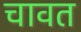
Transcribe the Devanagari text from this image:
चावत